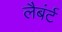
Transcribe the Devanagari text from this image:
लैबंर्ट